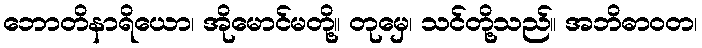
ဘောတိနာရိယော၊ အိုမောင်မတို့။ တုမှေ၊ သင်တို့သည်။ အဘိဓာဝတ၊